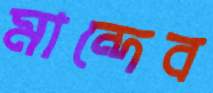
মান্দেব